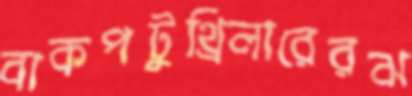
বাকপটুুথ্রিলারেরঝ